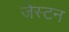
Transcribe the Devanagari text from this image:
जेस्टन